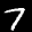
Label: 7